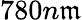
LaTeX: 780n\mathfrak{m}